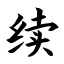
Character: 续